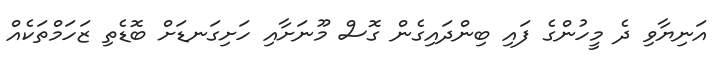
އަނިޔާވި ދެ މީހުންގެ ފައި ބިންދައިގެން ގޮސް މޫނަށާއި ހަށިގަނޑަށް ބޮޑެތި ޒަހަމްތަކެއް